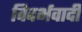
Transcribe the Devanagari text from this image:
विदर्भवादी